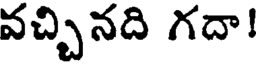
వచ్చినది గదా!